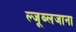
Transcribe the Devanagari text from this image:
ल्जूब्लजाना